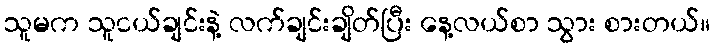
သူမက သူငယ်ချင်းနဲ့ လက်ချင်းချိတ်ပြီး နေ့လယ်စာ သွား စားတယ်။